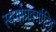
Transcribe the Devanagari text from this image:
स्वर्गापवर्गादि।